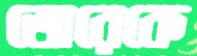
তোরেকে